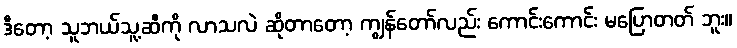
ဒီတော့ သူဘယ်သူ့ဆီကို လာသလဲ ဆိုတာတော့ ကျွန်တော်လည်း ကောင်းကောင်း မပြောတတ် ဘူး။